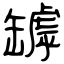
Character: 罅